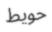
حويط